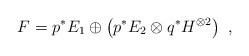
\begin{align*}F = p^*E_1 \oplus \left(p^*E_2 \otimes q^*H^{\otimes2}\right) \ ,\end{align*}